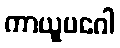
ကာယူပဂေါ